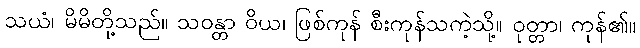
သယံ၊ မိမိတို့သည်။ သဝန္တာ ဝိယ၊ ဖြစ်ကုန် စီးကုန်သကဲ့သို့။ ဝုတ္တာ၊ ကုန်၏။